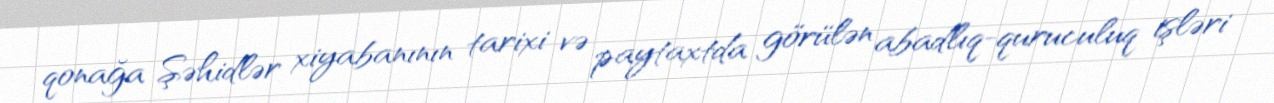
qonağa Şəhidlər xiyabanının tarixi və paytaxtda görülən abadlıq-quruculuq işləri